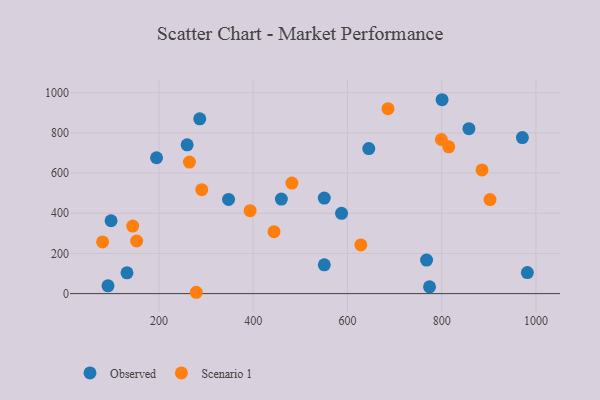
{"axis": {"x": "Price", "y": "Demand"}, "legend": ["Observed", "Scenario 1"], "data": [{"x": "195.0", "y": 676.0, "type": "Observed"}, {"x": "981.8", "y": 104.8, "type": "Observed"}, {"x": "587.5", "y": 399.4, "type": "Observed"}, {"x": "92.0", "y": 38.6, "type": "Observed"}, {"x": "259.9", "y": 740.3, "type": "Observed"}, {"x": "857.8", "y": 820.6, "type": "Observed"}, {"x": "286.7", "y": 869.6, "type": "Observed"}, {"x": "774.2", "y": 33.5, "type": "Observed"}, {"x": "800.8", "y": 964.9, "type": "Observed"}, {"x": "98.5", "y": 362.5, "type": "Observed"}, {"x": "132.3", "y": 103.3, "type": "Observed"}, {"x": "645.3", "y": 721.7, "type": "Observed"}, {"x": "347.8", "y": 468.6, "type": "Observed"}, {"x": "767.9", "y": 166.9, "type": "Observed"}, {"x": "550.9", "y": 475.3, "type": "Observed"}, {"x": "550.9", "y": 143.1, "type": "Observed"}, {"x": "971.2", "y": 776.3, "type": "Observed"}, {"x": "459.8", "y": 470.6, "type": "Observed"}, {"x": "686.1", "y": 920.6, "type": "Scenario 1"}, {"x": "279.3", "y": 6.6, "type": "Scenario 1"}, {"x": "482.2", "y": 550.1, "type": "Scenario 1"}, {"x": "902.5", "y": 467.9, "type": "Scenario 1"}, {"x": "264.8", "y": 654.7, "type": "Scenario 1"}, {"x": "444.2", "y": 308.1, "type": "Scenario 1"}, {"x": "80.6", "y": 257.4, "type": "Scenario 1"}, {"x": "815.0", "y": 730.5, "type": "Scenario 1"}, {"x": "628.5", "y": 242.1, "type": "Scenario 1"}, {"x": "290.9", "y": 517.4, "type": "Scenario 1"}, {"x": "144.4", "y": 336.0, "type": "Scenario 1"}, {"x": "885.5", "y": 615.5, "type": "Scenario 1"}, {"x": "152.9", "y": 261.9, "type": "Scenario 1"}, {"x": "799.3", "y": 767.0, "type": "Scenario 1"}, {"x": "393.5", "y": 412.9, "type": "Scenario 1"}]}